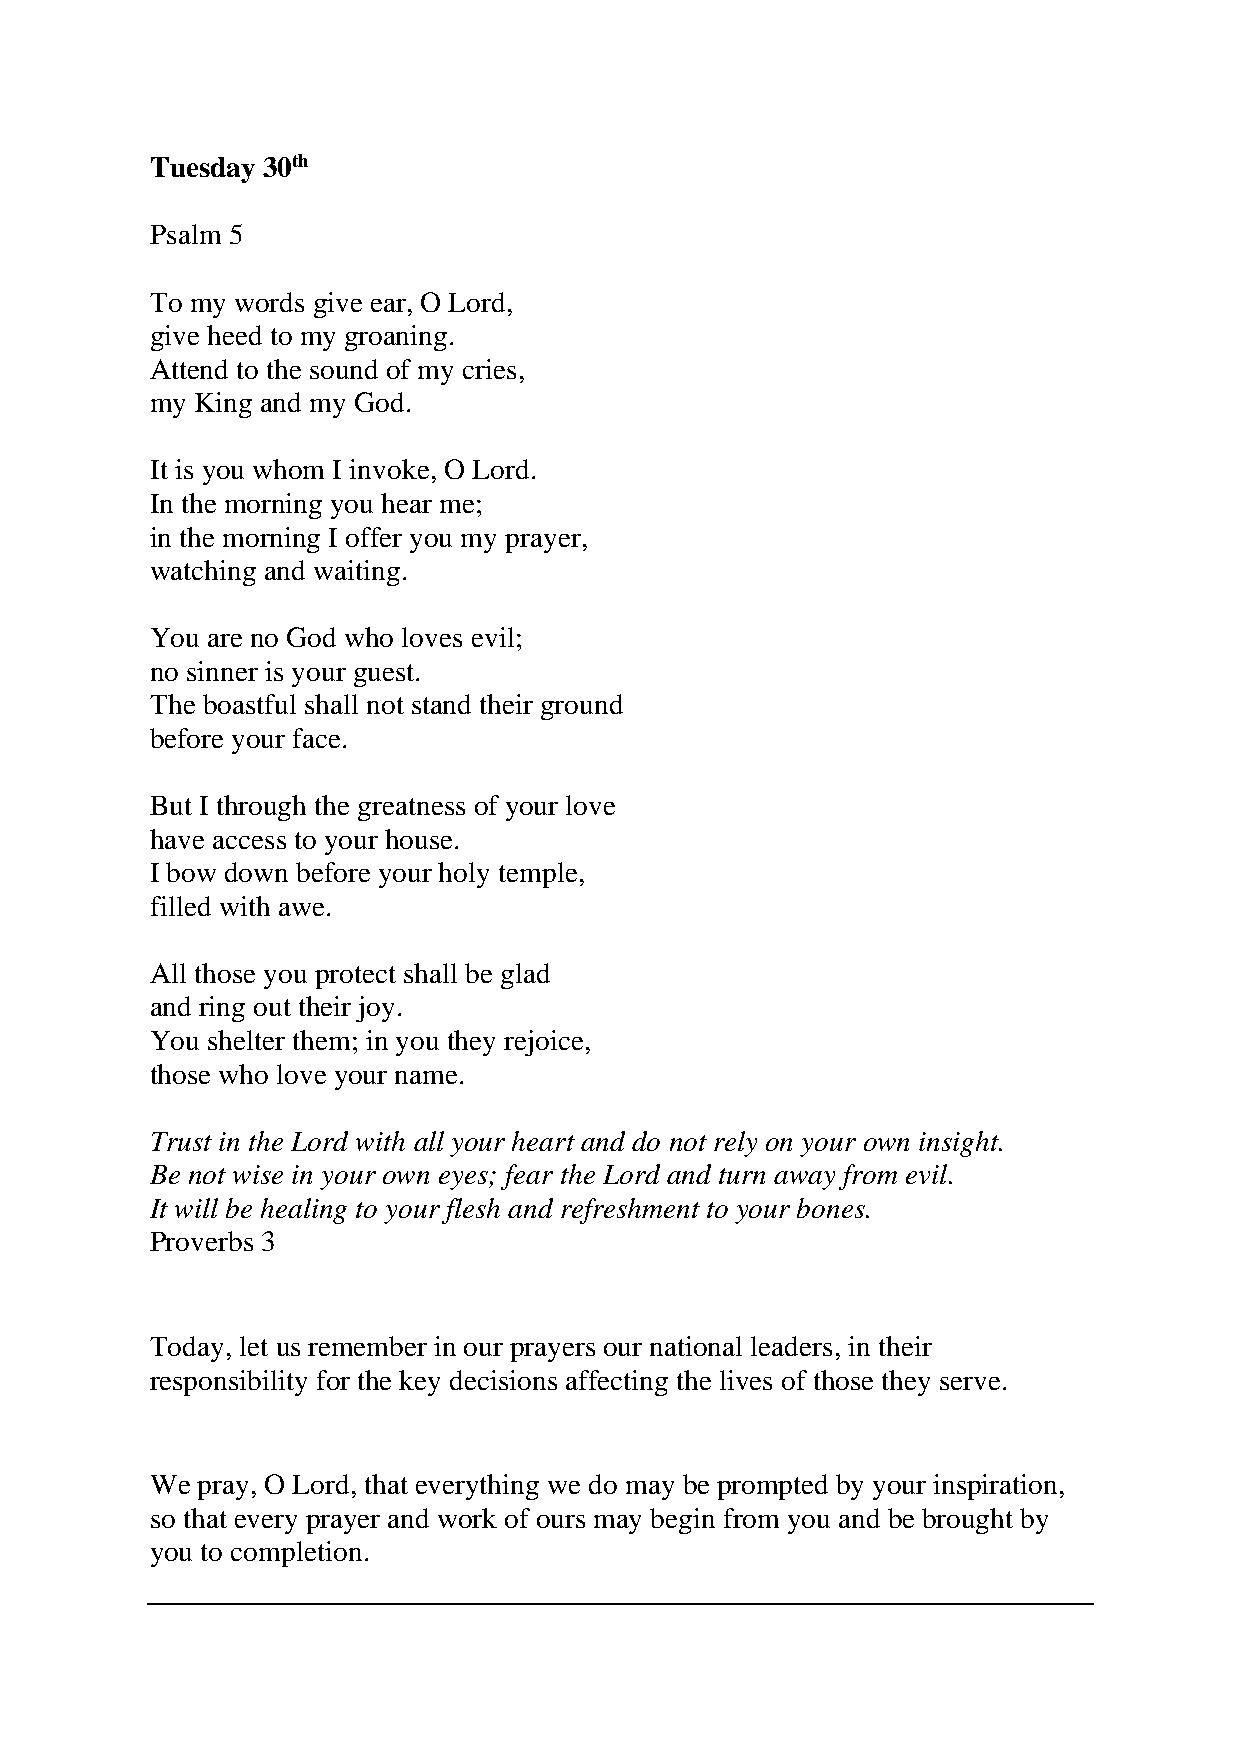
Tuesday 30th
 Psalm 5
 To my words give ear, O Lord,
 give heed to my groaning.
 Attend to the sound of my cries,
 my King and my God.
 It is you whom I invoke, O Lord.
 In the morning you hear me;
 in the morning I offer you my prayer,
 watching and waiting.
 You are no God who loves evil;
 no sinner is your guest.
 The boastful shall not stand their ground
 before your face.
 But I through the greatness of your love
 have access to your house.
 I bow down before your holy temple,
 filled with awe.
 All those you protect shall be glad
 and ring out their joy.
 You shelter them; in you they rejoice,
 those who love your name.
 Trust in the Lord with all your heart and do not rely on your own insight.
 Be not wise in your own eyes; fear the Lord and turn away from evil.
 It will be healing to your flesh and refreshment to your bones.
 Proverbs 3
 Today, let us remember in our prayers our national leaders, in their
 responsibility for the key decisions affecting the lives of those they serve.
 We pray, O Lord, that everything we do may be prompted by your inspiration,
 so that every prayer and work of ours may begin from you and be brought by
 you to completion.